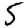
Digit: 5